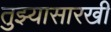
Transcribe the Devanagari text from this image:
तुझ्यासारखी